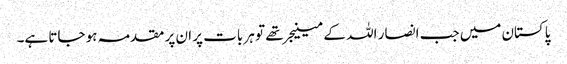
پاکستان میں جب انصار اللہ کے مینیجر تھے تو ہر بات پر ان پر مقدمہ ہو جاتا ہے۔